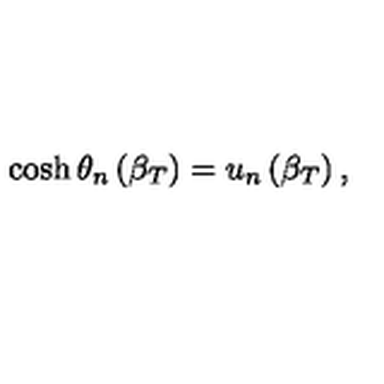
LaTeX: \cosh \theta _ { n } \left( \beta _ { T } \right) = u _ { n } \left( \beta _ { T } \right) ,